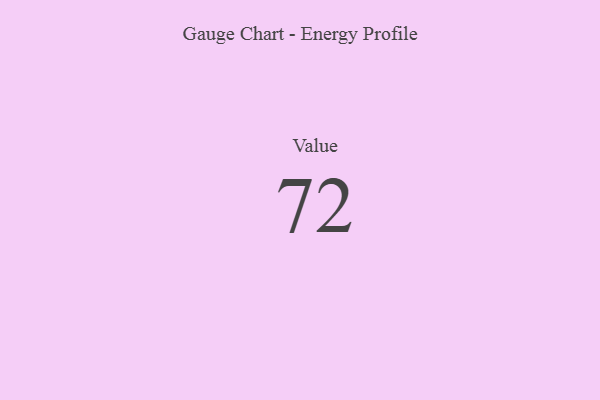
{"axis": {"x": "Metric", "y": "Value"}, "legend": [""], "data": [{"x": "Value", "y": 72, "type": ""}]}